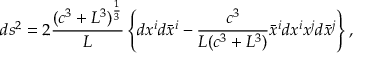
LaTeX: d s ^ { 2 } = 2 \frac { ( c ^ { 3 } + L ^ { 3 } ) ^ { \frac 1 3 } } L \left\{ d x ^ { i } d \bar { x } ^ { i } - \frac { c ^ { 3 } } { L ( c ^ { 3 } + L ^ { 3 } ) } \bar { x } ^ { i } d x ^ { i } x ^ { j } d \bar { x } ^ { j } \right\} ,